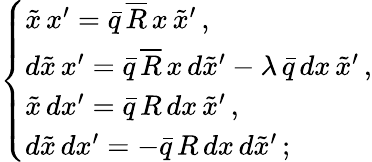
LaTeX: \left\{ \begin{array}{l}{{\tilde{x}\, x^{\prime}=\bar{q}\, \overline{{{R}}}\, x\, \tilde{x}^{\prime}\, ,}}\\ {{d\tilde{x}\, x^{\prime}=\bar{q}\, \overline{{{R}}}\, x\, d\tilde{x}^{\prime}-\lambda\, \bar{q}\, dx\, \tilde{x}^{\prime}\, ,}}\\ {{\tilde{x}\, dx^{\prime}=\bar{q}\, R\, dx\, \tilde{x}^{\prime}\, ,}}\\ {{d\tilde{x}\, dx^{\prime}=-\bar{q}\, R\, dx\, d\tilde{x}^{\prime}\, ;}}\end{array}\right.